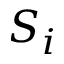
S _ { i }